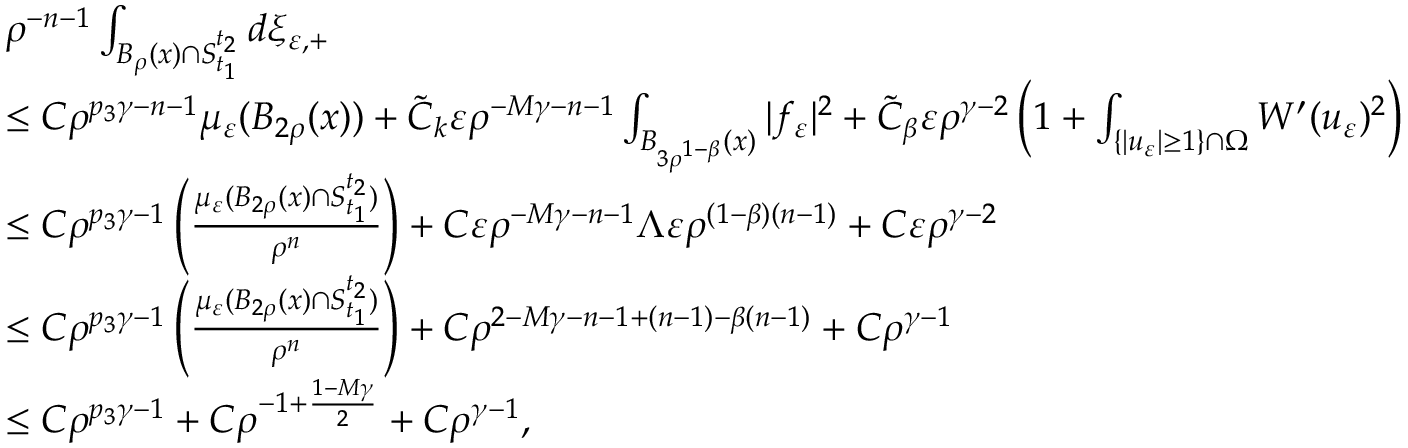
\begin{array} { r l } & { \rho ^ { - n - 1 } \int _ { B _ { \rho } ( x ) \cap S _ { t _ { 1 } } ^ { t _ { 2 } } } d \xi _ { \varepsilon , + } } \\ & { \leq C \rho ^ { p _ { 3 } \gamma - n - 1 } \mu _ { \varepsilon } ( B _ { 2 \rho } ( x ) ) + \tilde { C } _ { k } \varepsilon \rho ^ { - M \gamma - n - 1 } \int _ { B _ { 3 \rho ^ { 1 - \beta } } ( x ) } | f _ { \varepsilon } | ^ { 2 } + \tilde { C } _ { \beta } \varepsilon \rho ^ { \gamma - 2 } \left( 1 + \int _ { \{ | u _ { \varepsilon } | \geq 1 \} \cap \Omega } W ^ { \prime } ( u _ { \varepsilon } ) ^ { 2 } \right) } \\ & { \leq C \rho ^ { p _ { 3 } \gamma - 1 } \left( \frac { \mu _ { \varepsilon } ( B _ { 2 \rho } ( x ) \cap S _ { t _ { 1 } } ^ { t _ { 2 } } ) } { \rho ^ { n } } \right) + C \varepsilon \rho ^ { - M \gamma - n - 1 } \Lambda \varepsilon \rho ^ { ( 1 - \beta ) ( n - 1 ) } + C \varepsilon \rho ^ { \gamma - 2 } } \\ & { \leq C \rho ^ { p _ { 3 } \gamma - 1 } \left( \frac { \mu _ { \varepsilon } ( B _ { 2 \rho } ( x ) \cap S _ { t _ { 1 } } ^ { t _ { 2 } } ) } { \rho ^ { n } } \right) + C \rho ^ { 2 - M \gamma - n - 1 + ( n - 1 ) - \beta ( n - 1 ) } + C \rho ^ { \gamma - 1 } } \\ & { \leq C \rho ^ { p _ { 3 } \gamma - 1 } + C \rho ^ { - 1 + \frac { 1 - M \gamma } { 2 } } + C \rho ^ { \gamma - 1 } , } \end{array}